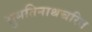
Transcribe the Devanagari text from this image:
सुमतिनाथचरित